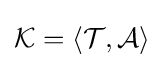
{\mathcal {K}}=\langle {\mathcal {T}},{\mathcal {A}}\rangle